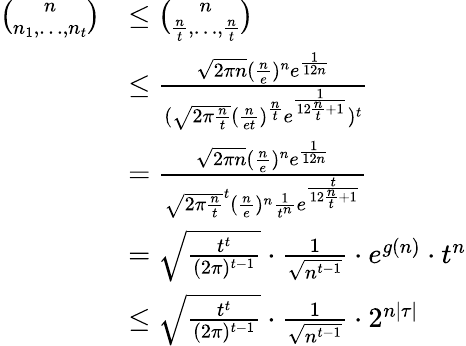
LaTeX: \begin{array}{rl}{\binom{n}{n_{1},\dots,n_{t}}}&{\leq\binom{n}{\frac{n}{t},\dots,\frac{n}{t}}}\\ &{\leq\frac{\sqrt{2\pi n}(\frac{n}{e})^{n}e^{\frac{1}{12n}}}{(\sqrt{2\pi\frac{n}{t}}(\frac{n}{et})^{\frac{n}{t}}e^{\frac{1}{12\frac{n}{t}+1}})^{t}}}\\ &{=\frac{\sqrt{2\pi n}(\frac{n}{e})^{n}e^{\frac{1}{12n}}}{\sqrt{2\pi\frac{n}{t}}^{t}(\frac{n}{e})^{n}\frac{1}{t^{n}}e^{\frac{t}{12\frac{n}{t}+1}}}}\\ &{=\sqrt{\frac{t^{t}}{(2\pi)^{t-1}}}\cdot\frac{1}{\sqrt{n^{t-1}}}\cdot e^{g(n)}\cdot t^{n}}\\ &{\leq\sqrt{\frac{t^{t}}{(2\pi)^{t-1}}}\cdot\frac{1}{\sqrt{n^{t-1}}}\cdot 2^{n|\tau|}}\end{array}